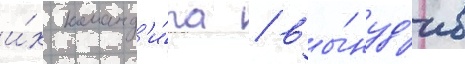
и́х команд'и́ра / вы́нуд'ив